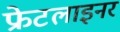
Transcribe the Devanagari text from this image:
फ्रेटलाइनर